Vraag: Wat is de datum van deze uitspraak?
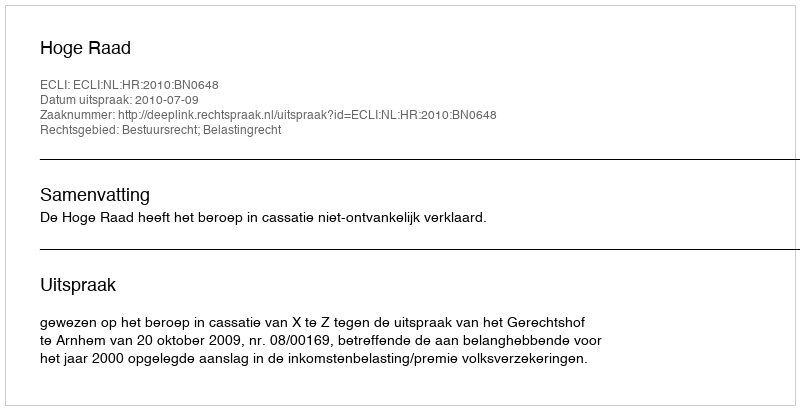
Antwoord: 2010-07-09